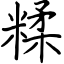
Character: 糅